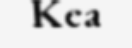
Kea